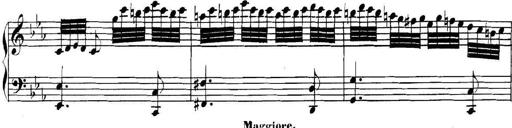
Title: Collected Piano Sonatas
Composer: Muzio Clementi